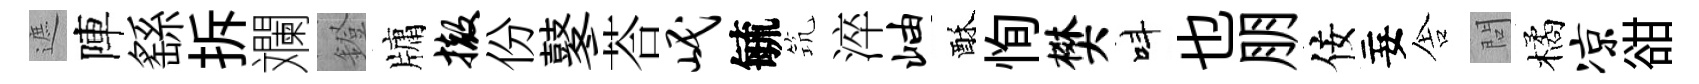
遮陣繇拆斕鐙牗撤份鼕荅岷毓𥬑淬岫酥恂樊呌也朋佞妄舎問橘凉𧮳